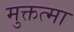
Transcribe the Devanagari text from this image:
मुक्तत्मा